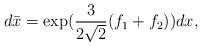
LaTeX: \begin{align*}d \bar{x} = \exp ( \frac{3}{2 \sqrt{2}} (f_1 + f_2 ) )dx ,\end{align*}